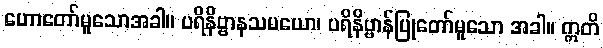
ဟောတော်မူသောအခါ။ ပရိနိဗ္ဗာနသမယော၊ ပရိနိဗ္ဗာန်ပြုတော်မူသော အခါ။ ဣတိ